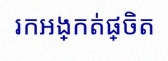
រកអង្កត់ផ្ចិត